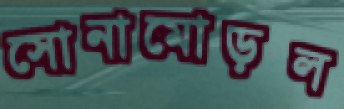
সোনামোড়ল